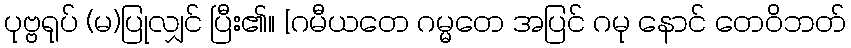
ပုဗ္ဗရုပ် (မ)ပြုလျှင် ပြီး၏။ [ဂမီယတေ ဂမ္မတေ အပြင် ဂမု နောင် တေဝိဘတ်